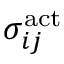
{ \sigma } _ { i j } ^ { \mathrm { a c t } }